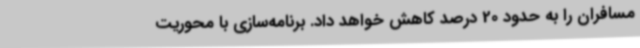
مسافران را به حدود 20 درصد کاهش خواهد داد. برنامه‌سازی با محوریت